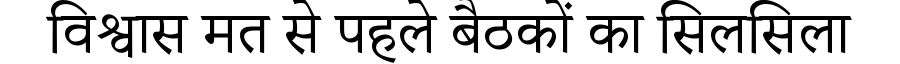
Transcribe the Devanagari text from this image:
विश्वास मत से पहले बैठकों का सिलसिला